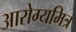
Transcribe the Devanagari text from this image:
आरोग्यमित्र